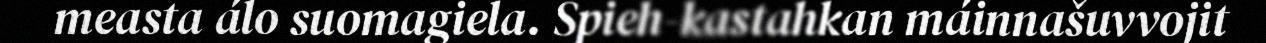
measta álo suomagiela. Spieh-kastahkan máinnašuvvojit